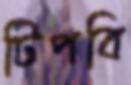
টিপবি